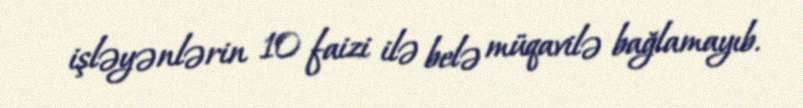
işləyənlərin 10 faizi ilə belə müqavilə bağlamayıb.